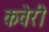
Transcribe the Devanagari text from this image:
कवेरी